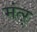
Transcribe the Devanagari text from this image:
मंत्ऱ्